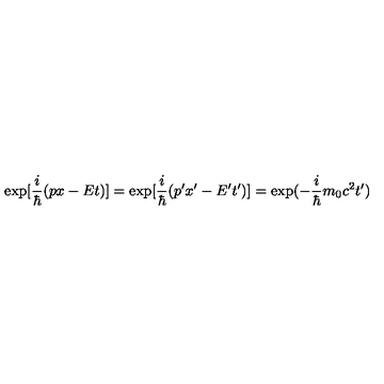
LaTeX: \exp [ \frac { i } { \hbar } ( p x - E t ) ] = \exp [ \frac { i } { \hbar } ( p ^ { \prime } x ^ { \prime } - E ^ { \prime } t ^ { \prime } ) ] = \exp ( - \frac { i } { \hbar } m _ { 0 } c ^ { 2 } t ^ { \prime } )